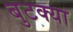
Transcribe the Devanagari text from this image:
बुटक्‍या